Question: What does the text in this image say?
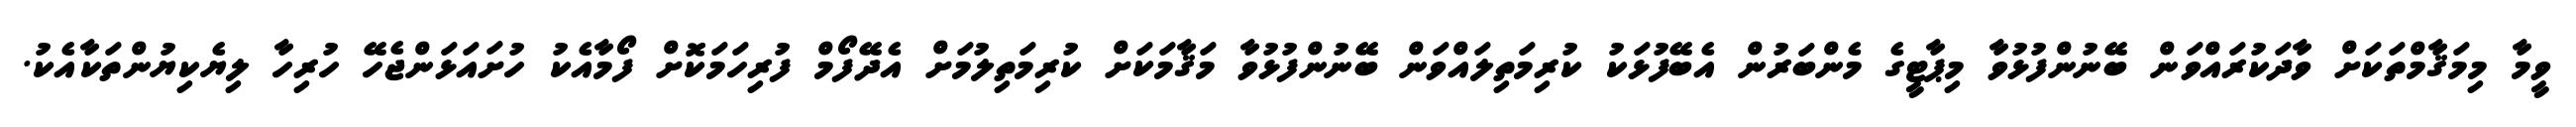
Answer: ވީމާ މިމަޤާމްތަކަށް ވާދަކުރައްވަން ބޭނުންފުޅުވާ މިޕާޓީގެ މެންބަރުން އެބޭފުޅަކު ކުރިމަތިލައްވަން ބޭނުންފުޅުވާ މަޤާމަކަށް ކުރިމަތިލުމަށް އެދޭފޯމް ފުރިހަމަކޮށް ފޯމާއެކު ހުށައަޅަންޖެހޭ ހުރިހާ ލިޔެކިޔުންތަކާއެކު.